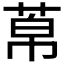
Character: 𦰬